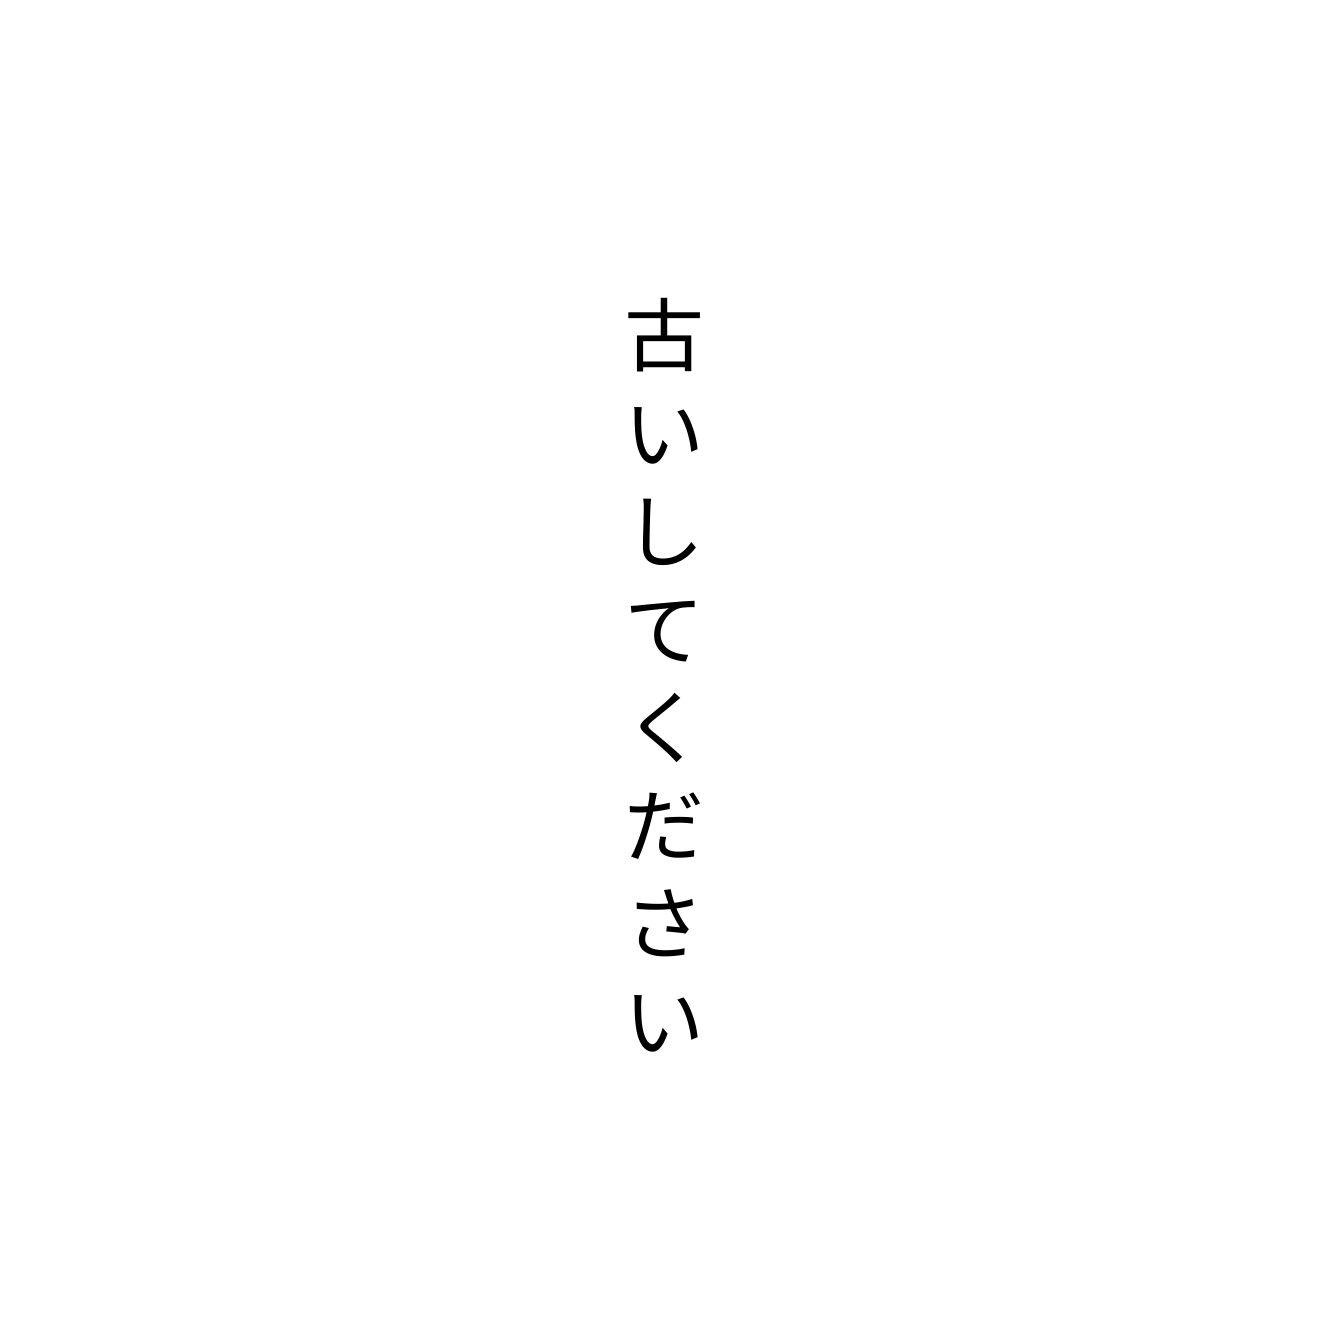
古いしてください